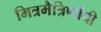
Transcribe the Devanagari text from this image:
मित्रमैत्रिणींची